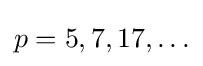
p=5,7,17,\ldots